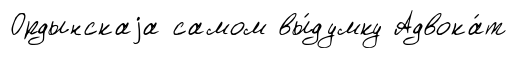
Ордынскаjа самом вы́думку Адвока́т